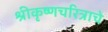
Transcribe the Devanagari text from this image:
श्रीकृष्णचरित्राचे